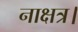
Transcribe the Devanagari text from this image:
नाक्षत्र।